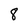
Character: 8